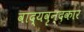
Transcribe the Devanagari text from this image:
वाद्यवृन्दकार